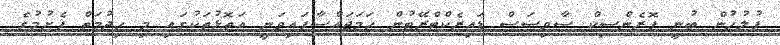
ފުލުހުން ބުނީ ފޮރެންސިކް ސާވިސަަސް ޑައިރެކްޓްރޭޓުން ހަމަޖައްސާފައިވަނީ އަތޮޅުތަކުގައި މި ހިދުމަތް ފެށުމުގެ